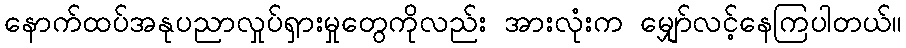
နောက်ထပ်အနုပညာလှုပ်ရှားမှုတွေကိုလည်း အားလုံးက မျှော်လင့်နေကြပါတယ်။